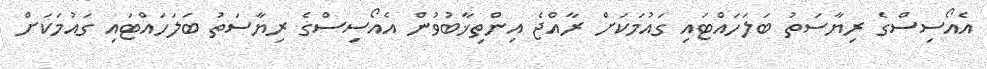
އެއޯސިސްގެ ރިޔާސަތު ބަލަހައްޓައި ގައުމަކަށް ރާއްޖެ އިންތިޚާބުވުން އެއޯސިސްގެ ރިޔާސަތު ބަލަހައްޓައި ގައުމަކަށް